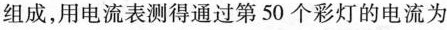
组成，用电流表测得通过第50个彩灯的电流为